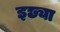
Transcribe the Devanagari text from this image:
इछ्या